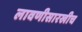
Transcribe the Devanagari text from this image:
लावणीसारखीच